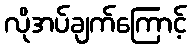
လိုအပ်ချက်ကြောင့်